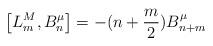
LaTeX: \begin{align*}\left [L^M_m,B_n^{\mu} \right ]=-(n+\frac{m}{2})B^{\mu}_{n+m}\end{align*}